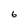
Character: 6